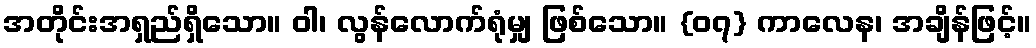
အတိုင်းအရှည်ရှိသော။ ဝါ၊ လွန်လောက်ရုံမျှ ဖြစ်သော။ {၀၇} ကာလေန၊ အချိန်ဖြင့်။